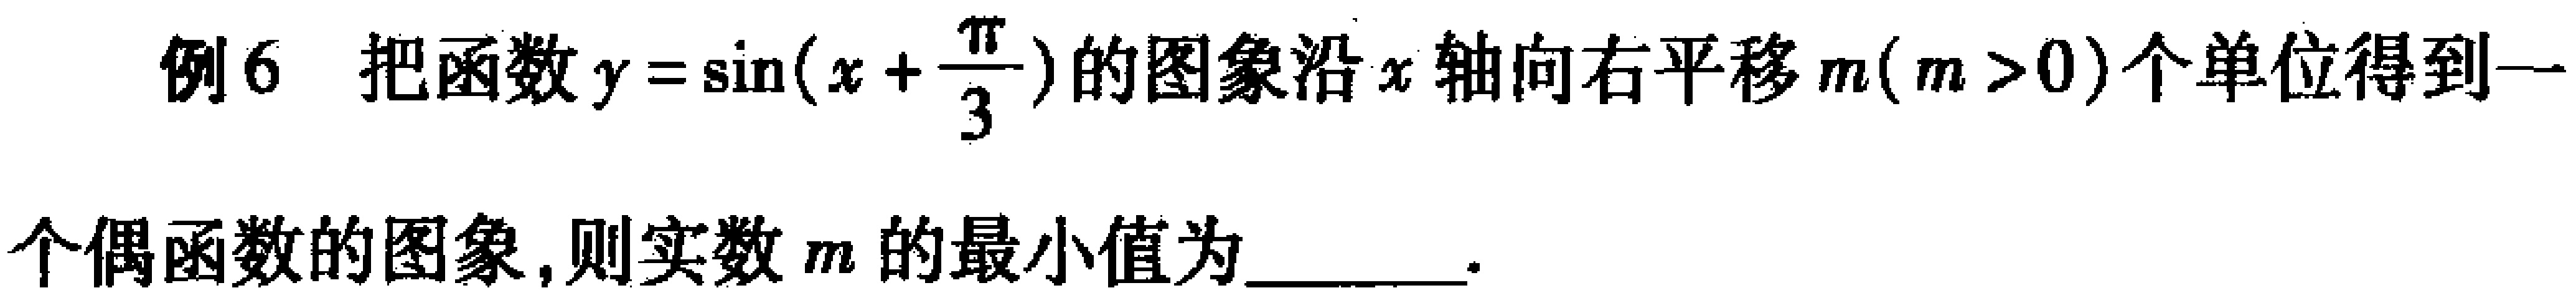
例6 把函数\(y = \sin(x+\frac{\pi}{3})\)的图象沿\(x\)轴向右平移\(m(m > 0)\)个单位得到一
个偶函数的图象,则实数\(m\)的最小值为  ．